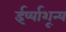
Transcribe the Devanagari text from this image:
ईर्ष्याशून्य